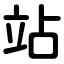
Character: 站